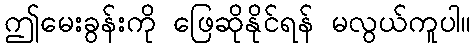
ဤမေးခွန်းကို ဖြေဆိုနိုင်ရန် မလွယ်ကူပါ။